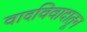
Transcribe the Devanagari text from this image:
वादविवादातून